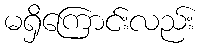
မရှိကြောင်းလည်း